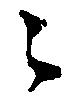
々